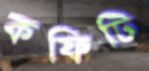
কফিটি